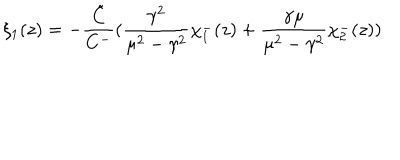
LaTeX: \xi _ { 1 } ( z ) = - \frac { \tilde { C } } { C ^ { - } } ( \frac { \gamma ^ { 2 } } { \mu ^ { 2 } - \gamma ^ { 2 } } \chi _ { 1 } ^ { - } ( z ) + \frac { \gamma \mu } { \mu ^ { 2 } - \gamma ^ { 2 } } \chi _ { 2 } ^ { - } ( z ) )